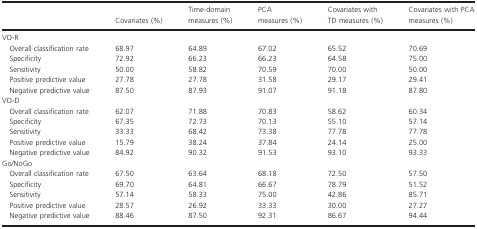
|  | Covariates (%) | Time‐domain measures (%) | PCA measures (%) | Covariates with TD measures (%) | Covariates with PCA measures (%) |
 | --- | --- | --- | --- | --- | --- |
 | <COLSPAN=6> VO‐R |
 | Overall classification rate | 68.97 | 64.89 | 67.02 | 65.52 | 70.69 |
 | Specificity | 72.92 | 66.23 | 66.23 | 64.58 | 75.00 |
 | Sensitivity | 50.00 | 58.82 | 70.59 | 70.00 | 50.00 |
 | Positive predictive value | 27.78 | 27.78 | 31.58 | 29.17 | 29.41 |
 | Negative predictive value | 87.50 | 87.93 | 91.07 | 91.18 | 87.80 |
 | <COLSPAN=6> VO‐D |
 | Overall classification rate | 62.07 | 71.88 | 70.83 | 58.62 | 60.34 |
 | Specificity | 67.35 | 72.73 | 70.13 | 55.10 | 57.14 |
 | Sensitivity | 33.33 | 68.42 | 73.38 | 77.78 | 77.78 |
 | Positive predictive value | 15.79 | 38.24 | 37.84 | 24.14 | 25.00 |
 | Negative predictive value | 84.92 | 90.32 | 91.53 | 93.10 | 93.33 |
 | <COLSPAN=6> Go/NoGo |
 | Overall classification rate | 67.50 | 63.64 | 68.18 | 72.50 | 57.50 |
 | Specificity | 69.70 | 64.81 | 66.67 | 78.79 | 51.52 |
 | Sensitivity | 57.14 | 58.33 | 75.00 | 42.86 | 85.71 |
 | Positive predictive value | 28.57 | 26.92 | 33.33 | 30.00 | 27.27 |
 | Negative predictive value | 88.46 | 87.50 | 92.31 | 86.67 | 94.44 |